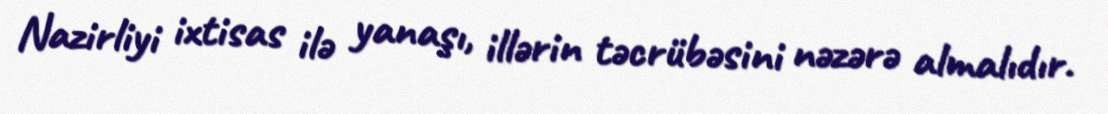
Nazirliyi ixtisas ilə yanaşı, illərin təcrübəsini nəzərə almalıdır.